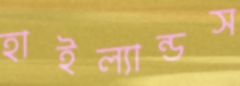
হাইল্যান্ডস